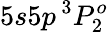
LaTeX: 5s5p\, ^{3}P_{2}^{o}